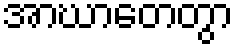
အာဃာတေတွာ